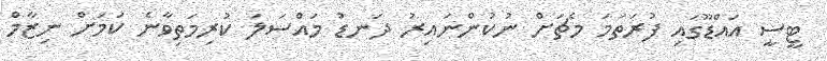
ޓީސީ އައްޑޫގައި ފުރަތަމަ މެޗަށް ނުކުންނައިރު ދަނޑު މައްސަލަ ކުރިމަތިވާނެ ކަމަށް ނިޒާމް